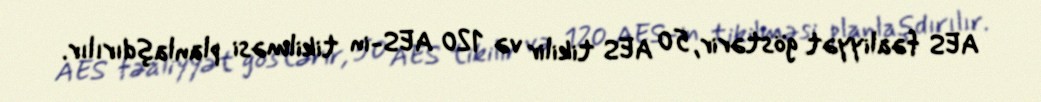
AES fəaliyyət göstərir, 50 AES tikilir və 120 AES-in tikilməsi planlaşdırılır.